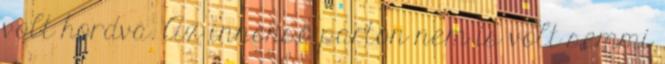
volt hordva. Az innenső parton nem is volt semmi